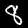
Digit: 8